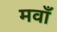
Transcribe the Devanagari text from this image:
मवाँ